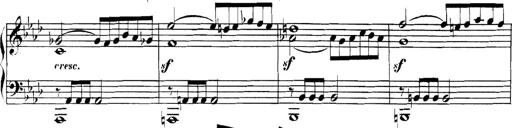
Title: Collected Piano Sonatas
Composer: Muzio Clementi